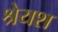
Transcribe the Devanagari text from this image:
श्रेयश